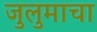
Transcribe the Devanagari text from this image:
जुलुमाचा